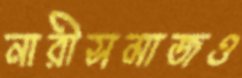
নারীসমাজও